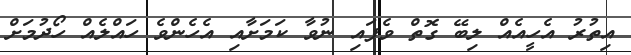
އިތުރު އެހީއެއް ލިބޭ ގޮތް ވެފައި ނުވާ ކަމަަށާއި އެހެންވެ ހައްލެއް ހޯދުމަށް